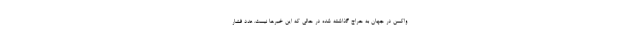
واکسن در جهان به حراج گذاشته شده در حالی که این خبرها نیست. عدد فشار